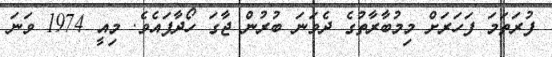
ފުރަތަމަ ފަހަރަށް މިމުބާރާތުގެ ދެވަނަ ބުރުން ޖާގަ ހޯދާފައެވެ. މިއީ 1974 ވަނަ